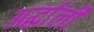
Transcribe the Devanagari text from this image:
अर्द्धाली